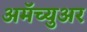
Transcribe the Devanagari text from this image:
अमॅच्युअर